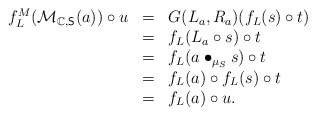
\begin{align*}\begin{array}{lll}f_L^M(\mathcal{M}_{\mathbb{C},\mathsf{S}}(a))\circ u&=&G(L_a,R_a)(f_L(s)\circ t)\\&=&f_L(L_a\circ s)\circ t\\&=&f_L(a\bullet_{\mu_S} s)\circ t\\&=&f_L(a)\circ f_L(s)\circ t\\&=&f_L(a)\circ u.\end{array} \end{align*}